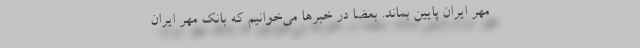
مهر ایران پایین بماند. بعضاً در خبرها می‌خوانیم که بانک مهر ایران